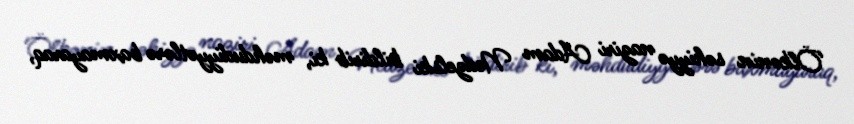
Ölkənin səhiyyə naziri Adam Nedzelski bildirib ki, məhdudiyyətlərə baxmayaraq,